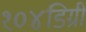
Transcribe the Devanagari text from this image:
१०४डिग्री